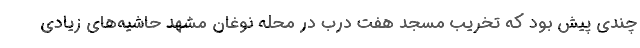
چندی پیش بود که تخریب مسجد هفت درب در محله نوغان مشهد حاشیه‌های زیادی